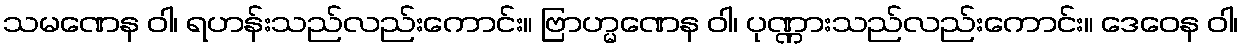
သမဏေန ဝါ၊ ရဟန်းသည်လည်းကောင်း။ ဗြာဟ္မဏေန ဝါ၊ ပုဏ္ဏားသည်လည်းကောင်း။ ဒေဝေန ဝါ၊